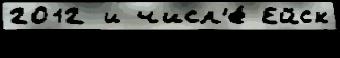
2012 и числ'е́ Ейск